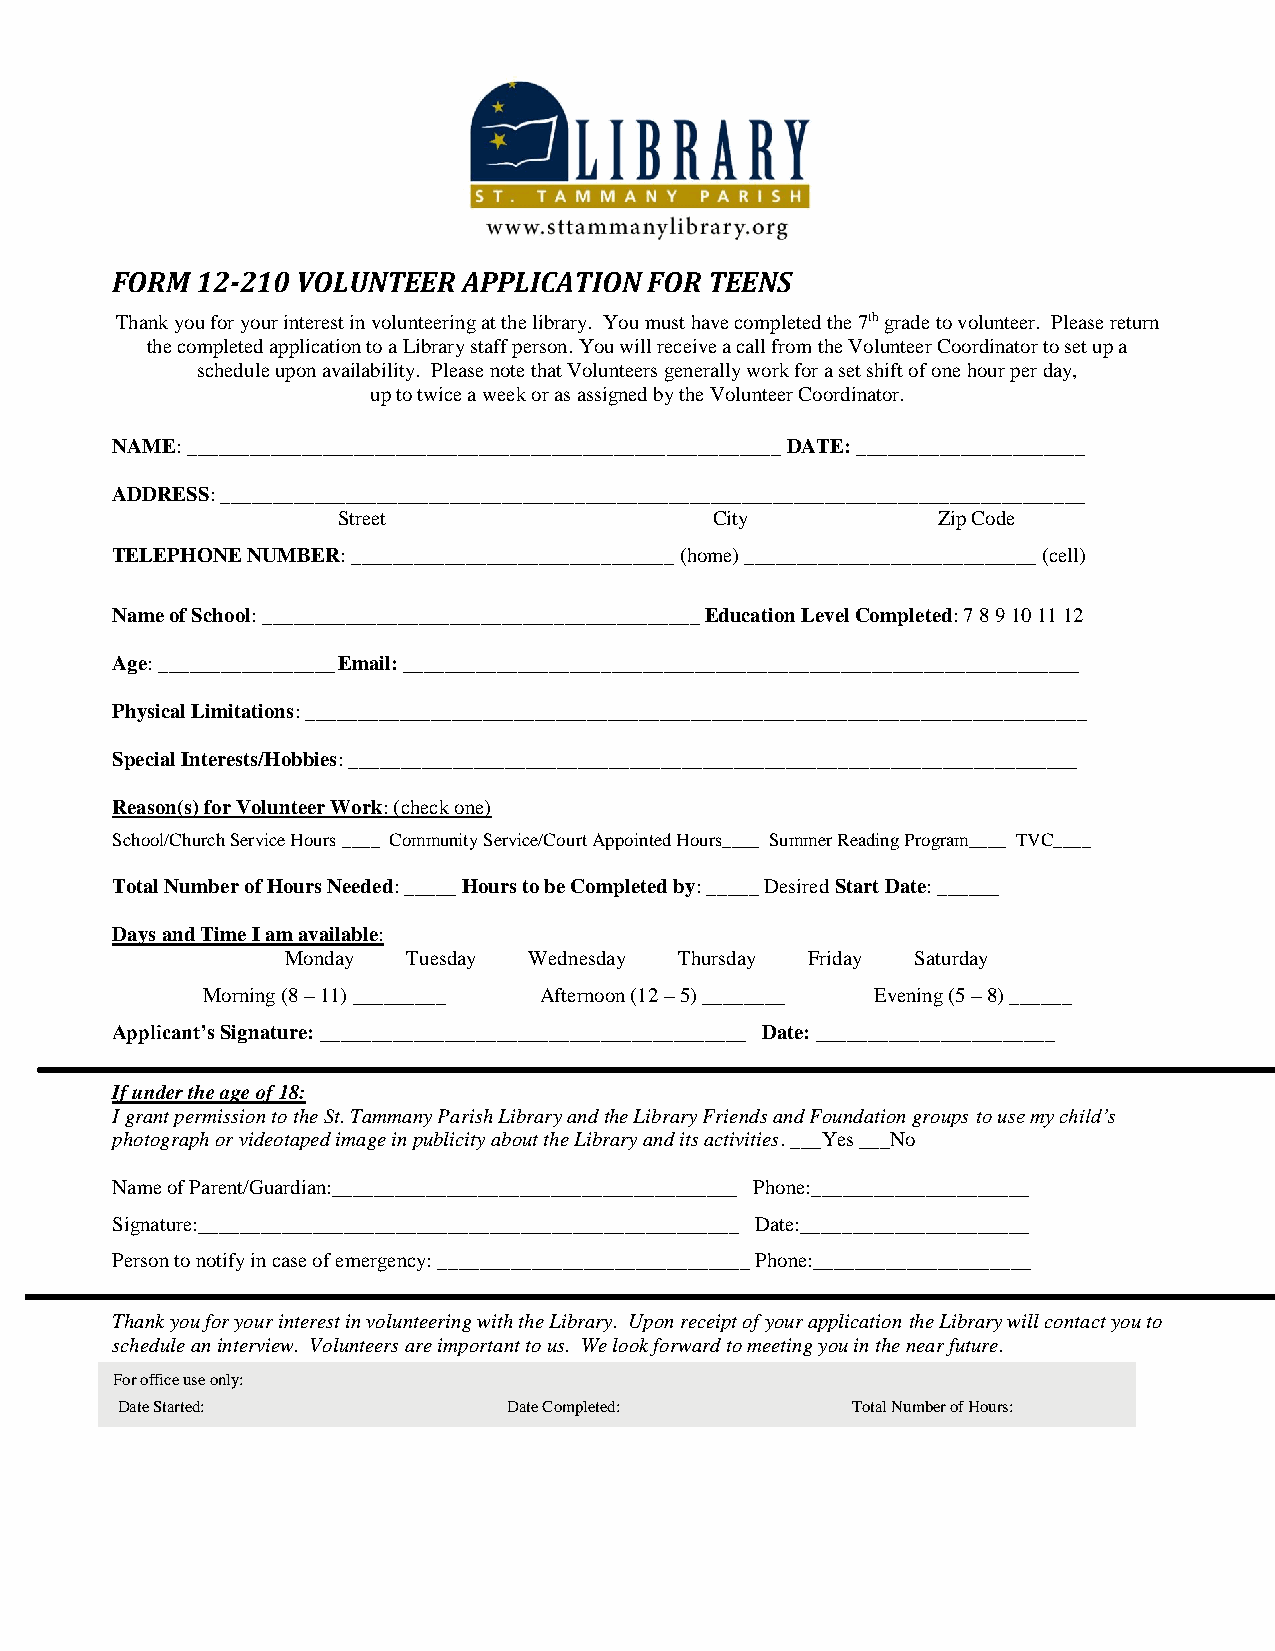
FORM  12-210 VOLUNTEER  APPLICATION FOR TEENS
 Thank you for your interest in volunteering at the library. You must have completed the 7th grade to volunteer. Please return
 the completed application to a Library staff person. You will receive a call from the Volunteer Coordinator to set up a
 schedule upon availability. Please note that Volunteers generally work for a set shift of one hour per day,
 up to twice a week or as assigned by the Volunteer Coordinator.
 NAME: _________________________________________________________ DATE: ______________________
 ADDRESS: ___________________________________________________________________________________
 Street                   City           Zip Code
 TELEPHONE NUMBER: _______________________________ (home) ____________________________ (cell)
 Name of School: __________________________________________ Education Level Completed: 7 8 9 10 11 12
 Age: _________________ Email: _________________________________________________________________
 Physical Limitations: ___________________________________________________________________________
 Special Interests/Hobbies: ______________________________________________________________________
 Reason(s) for Volunteer Work: (check one)
 School/Church Service Hours ____ Community Service/Court Appointed Hours____ Summer Reading Program____ TVC____
 Total Number of Hours Needed: _____ Hours to be Completed by: _____ Desired Start Date: ______
 Days and Time I am available:
 Monday  Tuesday Wednesday Thursday Friday Saturday
 Morning (8 – 11) _________ Afternoon (12 – 5) ________ Evening (5 – 8) ______
 Applicant’s Signature: _________________________________________ Date: _______________________
 If under the age of 18:
 I grant permission to the St. Tammany Parish Library and the Library Friends and Foundation groups to use my child’s
 photograph or videotaped image in publicity about the Library and its activities. ___Yes ___No
 Name of Parent/Guardian:_______________________________________ Phone:_____________________
 Signature:____________________________________________________ Date:______________________
 Person to notify in case of emergency: ______________________________ Phone:_____________________
 Thank you for your interest in volunteering with the Library. Upon receipt of your application the Library will contact you to
 schedule an interview. Volunteers are important to us. We look forward to meeting you in the near future.
 For office use only:
 Date Started:             Date Completed:       Total Number of Hours: